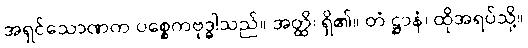
အရှင်သောဏက ပစ္စေကဗုဒ္ဓါသည်။ အတ္ထိ၊ ရှိ၏။ တံ ဋ္ဌာနံ၊ ထိုအရပ်သို့။